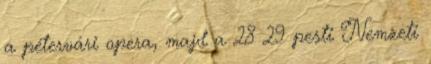
a pétervári opera, majd a 28 29 pesti Nemzeti